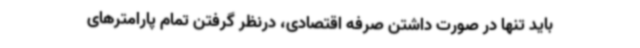
باید تنها در صورت داشتن صرفه اقتصادی، درنظر گرفتن تمام پارامترهای